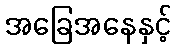
အခြေအနေနှင့်